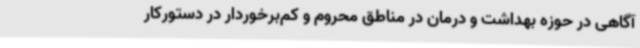
آگاهی در حوزه بهداشت و درمان در مناطق محروم و کم‌برخوردار در دستورکار